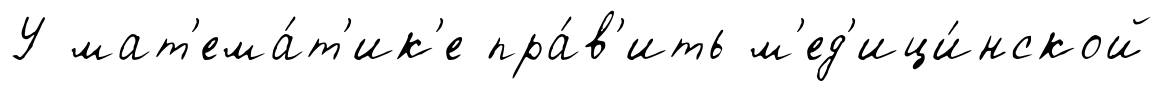
У мат'ема́т'ик'е пра́в'ить м'ед'ици́нской